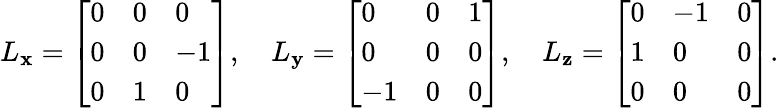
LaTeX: L_{\mathbf{x}}={\left[\begin{array}{lll}{0}&{0}&{0}\\ {0}&{0}&{-1}\\ {0}&{1}&{0}\end{array}\right]},\quad L_{\mathbf{y}}={\left[\begin{array}{lll}{0}&{0}&{1}\\ {0}&{0}&{0}\\ {-1}&{0}&{0}\end{array}\right]},\quad L_{\mathbf{z}}={\left[\begin{array}{lll}{0}&{-1}&{0}\\ {1}&{0}&{0}\\ {0}&{0}&{0}\end{array}\right]}.